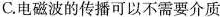
C.电磁波的传播可以不需要介质